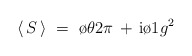
\begin{align*}\langle \, S \, \rangle ~=~{\o{\theta}{2\pi}}\, + \,{\rm i}{\o{1}{g^2}}\end{align*}